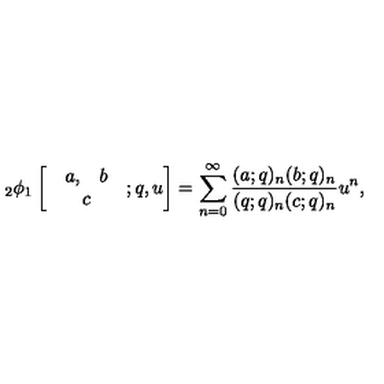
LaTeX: { _ 2 } \phi _ { 1 } \left[ \begin{array} { c } { \begin{array} { c c } { a , } & { b } \\ \end{array} } \\ { c } \\ \end{array} ; q , u \right] = \sum _ { n = 0 } ^ { \infty } \frac { ( a ; q ) _ { n } ( b ; q ) _ { n } } { ( q ; q ) _ { n } ( c ; q ) _ { n } } u ^ { n } ,